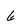
Character: 6